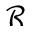
\mathcal { R }